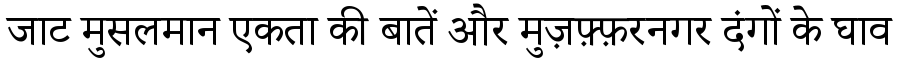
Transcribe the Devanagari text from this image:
जाट मुसलमान एकता की बातें और मुज़फ़्फ़रनगर दंगों के घाव